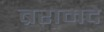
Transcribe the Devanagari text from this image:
ब्ररामदे